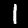
Digit: 1